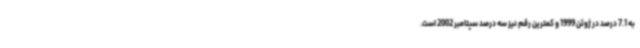
به 7.1 درصد در ژوئن 1999 و کمترین رقم نیز سه درصد سپتامبر 2002 است.